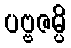
ပဗ္ဗဇမ္ပိ